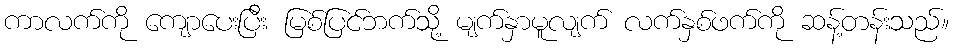
ကာလက်ကို ကျောပေးပြီး မြစ်ပြင်ဘက်သို့ မျက်နှာမူလျက် လက်နှစ်ဖက်ကို ဆန့်တန်းသည်။